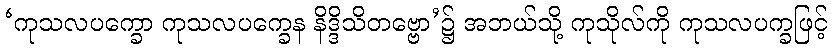
‘ကုသလပက္ခော ကုသလပက္ခေန နိဒ္ဒိသိတဗ္ဗော’၌ အဘယ်သို့ ကုသိုလ်ကို ကုသလပက္ခဖြင့်